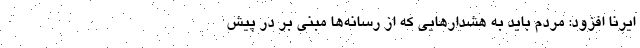
ایرنا افزود: مردم باید به هشدارهایی که از رسانه‌ها مبنی بر در پیش